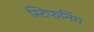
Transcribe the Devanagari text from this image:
स्टिफनिंग